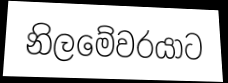
නිලමේවරයාට